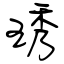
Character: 琇